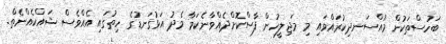
ބަހުސްތަކުން މުއްސަނދިކުރައްވައި މި މަޖިލީހުން ފާސްކޮށްދެއްވާނެކަމާ މެދު އަޅުގަނޑުގެ ހިތުގައި އެއްވެސް ޝައްކެއްނެތް.